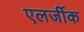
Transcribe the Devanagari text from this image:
एलर्जीक